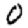
Digit: 0